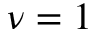
\nu = 1